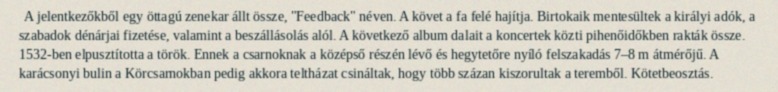
A jelentkezőkből egy öttagú zenekar állt össze, "Feedback" néven. A követ a fa felé hajítja. Birtokaik mentesültek a királyi adók, a szabadok dénárjai fizetése, valamint a beszállásolás alól. A következő album dalait a koncertek közti pihenőidőkben rakták össze. 1532-ben elpusztította a török. Ennek a csarnoknak a középső részén lévő és hegytetőre nyíló felszakadás 7–8 m átmérőjű. A karácsonyi bulin a Körcsarnokban pedig akkora teltházat csináltak, hogy több százan kiszorultak a teremből. Kötetbeosztás.